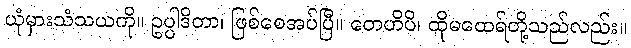
ယုံမှားသံသယကို။ ဥပ္ပါဒိတာ၊ ဖြစ်စေအပ်ပြီ။ တေဟိပိ၊ ထိုမထေရ်တို့သည်လည်း။